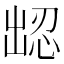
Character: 𪞹